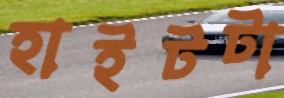
হাইটটা